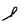
Character: l